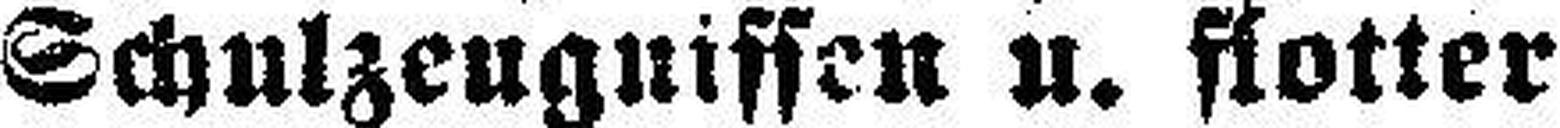
Schulzeugnissen u. flotter